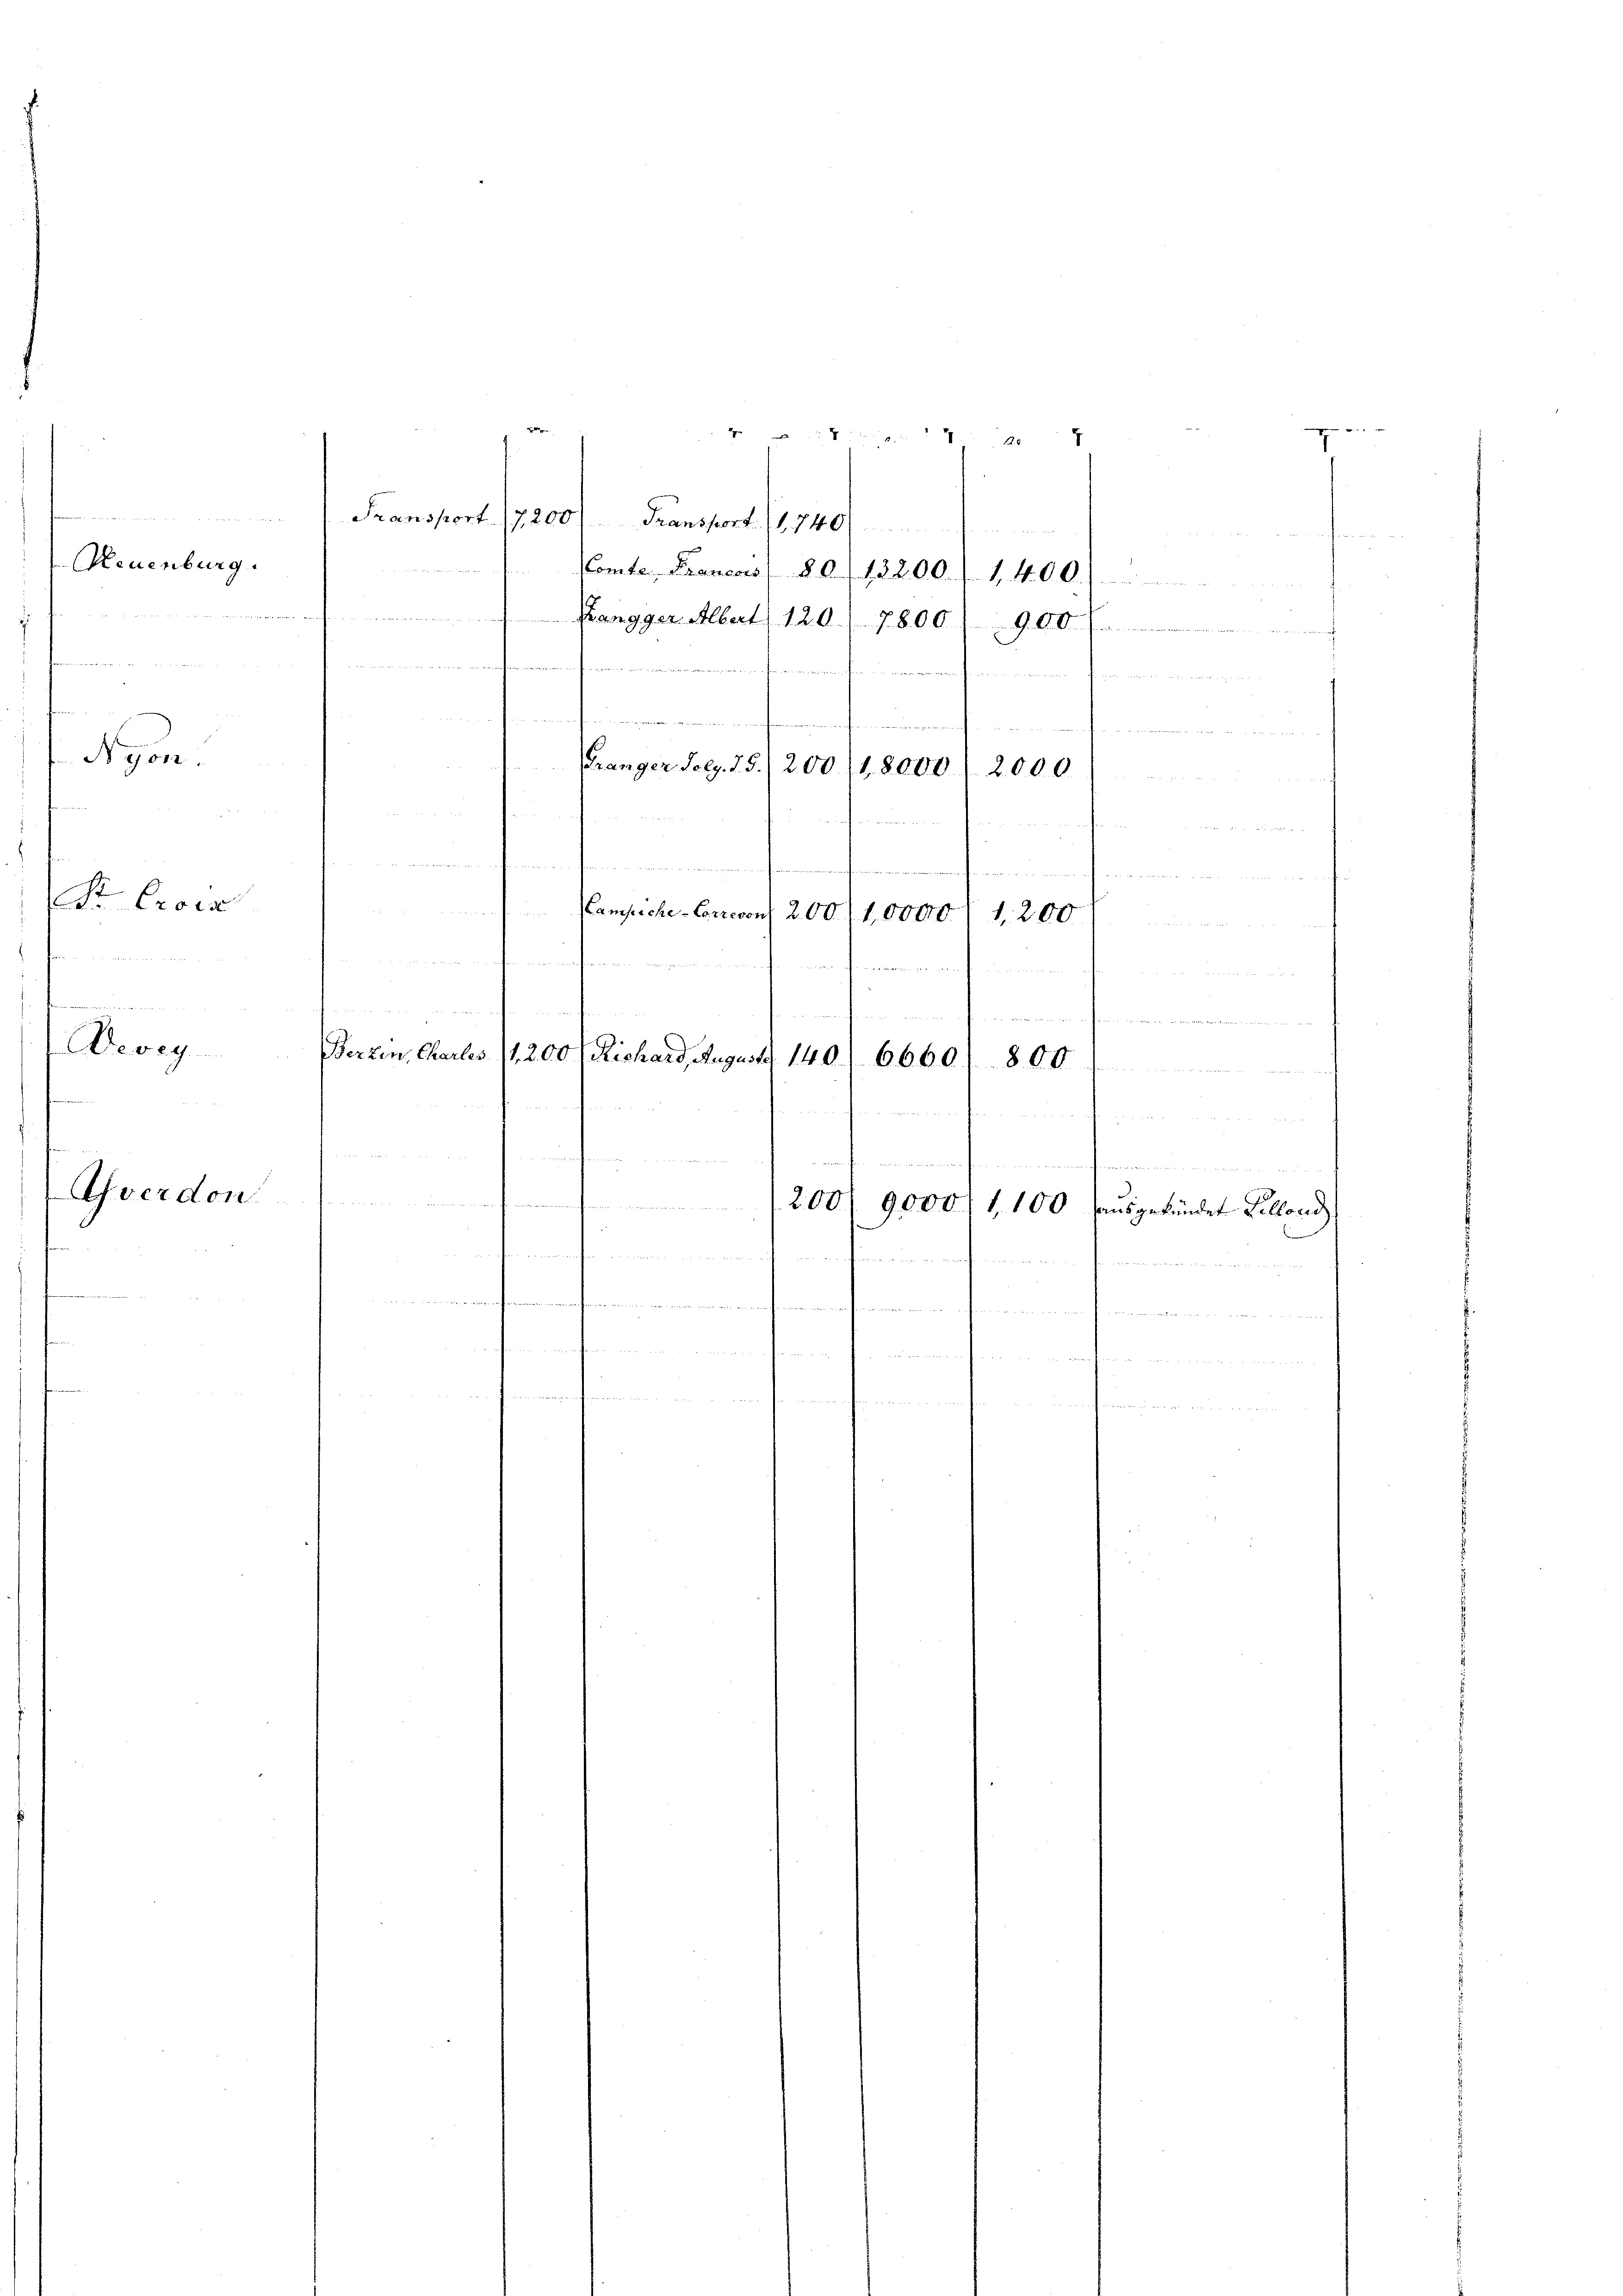
e

Neuenburg.

Nyon.

Deveg

S Crors

Gverdon

B
14
Fransport. 17200) Transport. (1740)
Comte Frances (§ 6 f 1200. f. 1400.)
Kangger Albert 120. 7800) 900 f
machen neue

Gränger Poly. 75.
200 (1,8000
2000
d
u
¬
Campsche-Correvon 200. 11,0000
1,200
Berzen, Charles (1201

.
 f 0 x
e
und

800.
a
e
unerfernennenmen
u
¬
200
9,000, 1100 ausgekündet Selland
a man manchen den in der zu
 nid der in der angen anger ver¬
u

Richard, August 140. 6660.